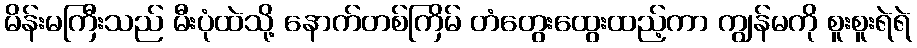
မိန်းမကြီးသည် မီးပုံထဲသို့ နောက်တစ်ကြိမ် တံတွေးထွေးထည့်ကာ ကျွန်မကို စူးစူးရဲရဲ